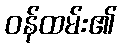
ဝန်ထမ်း၏